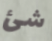
شئ